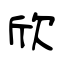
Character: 欣